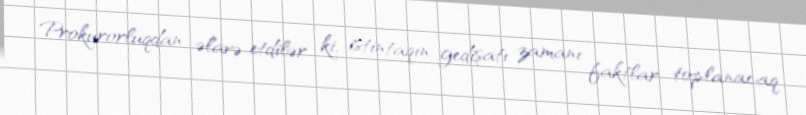
Prokurorluqdan əlavə etdilər ki, istintaqın gedişatı zamanı faktlar toplanacaq